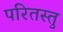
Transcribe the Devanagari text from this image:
परितस्तु